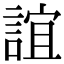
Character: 誼